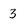
Character: 3